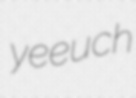
yeeuch